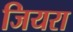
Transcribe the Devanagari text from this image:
जियरा